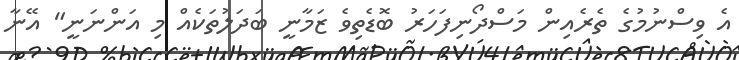
އެ ވިސްނުމުގެ ތެރެއިން މަސްދޯނިފަހަރު ބޮޑެތިވެ ޒަމާނީ ބަދަލުތަކެއް މި އަންނަނީ" އޭނާ